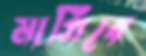
মাগিবে